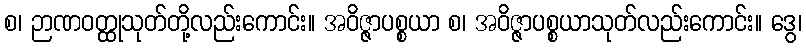
စ၊ ဉာဏဝတ္ထုသုတ်တို့လည်းကောင်း။ အဝိဇ္ဇာပစ္စယာ စ၊ အဝိဇ္ဇာပစ္စယာသုတ်လည်းကောင်း။ ဒွေ၊